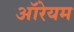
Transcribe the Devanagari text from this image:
ऑरेयम